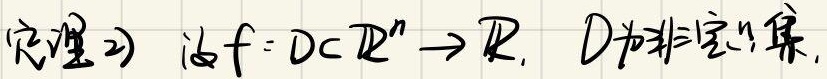
定理 2) 设 $f: D \subset \mathbb{R}^n \to \mathbb{R}$, $D$ 为非空凸集.